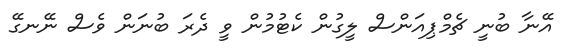
އޭނާ ބުނީ ޗެމްޕިއަންސް ލީގުން ކެޓުމުން ވީ ދެރަ ބުނަން ވެސް ނޭނގޭ